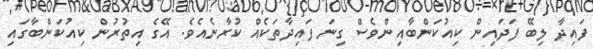
ފައިދާ ލިބޭ ފަދައިން ކިއުކަންބާއިންވެސް ގިނަ ފައިދާތަކެއް ކުރާނެއެވެ. އޭގެ އިތުރުން ކިއުކަންބާގައި